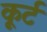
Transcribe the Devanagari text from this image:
कूर्ट